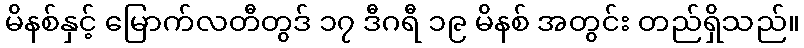
မိနစ်နှင့် မြောက်လတီတွဒ် ၁၇ ဒီဂရီ ၁၉ မိနစ် အတွင်း တည်ရှိသည်။